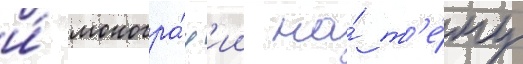
и́ моногра́ф'ии на́ т'е́му